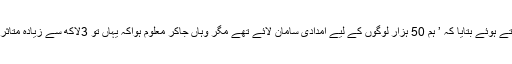
انہوں نے سرحد کے قریبی علاقے تکناف سے رپورٹ کرتے ہوئے بتایا کہ ’ ہم 50 ہزار لوگوں کے لیے امدادی سامان لائے تھے مگر وہاں جاکر معلوم ہواکہ یہاں تو 3لاکھ سے زیادہ متاثرین موجود ہیں جو بہت پریشانی کی حالت میں رہ رہے ہیں۔